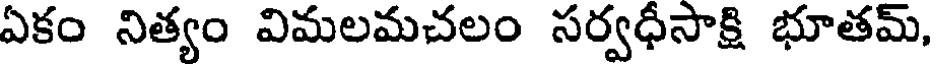
ఏకం నిత్యం విమలమచలం సర్వధీసాక్షి భూతమ్,